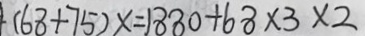
( 6 8 + 7 5 ) x = 1 8 8 0 + 6 8 \times 3 \times 2